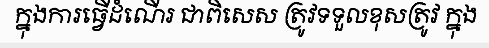
ក្នុងការធ្វើដំណើរ ជាពិសេស ត្រូវទទួលខុសត្រូវ ក្នុង